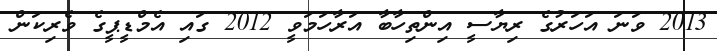
2013 ވަނަ އަހަރުގެ ރިޔާސީ އިންތިހާބާ އަރާހަމަވީ 2012 ގައި އެމްޑީޕީގެ ވެރިކަން